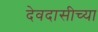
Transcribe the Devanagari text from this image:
देवदासीच्या